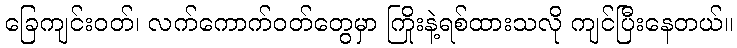
ခြေကျင်းဝတ်၊ လက်ကောက်ဝတ်တွေမှာ ကြိုးနဲ့ရစ်ထားသလို ကျင်ပြီးနေတယ်။